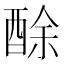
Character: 酴